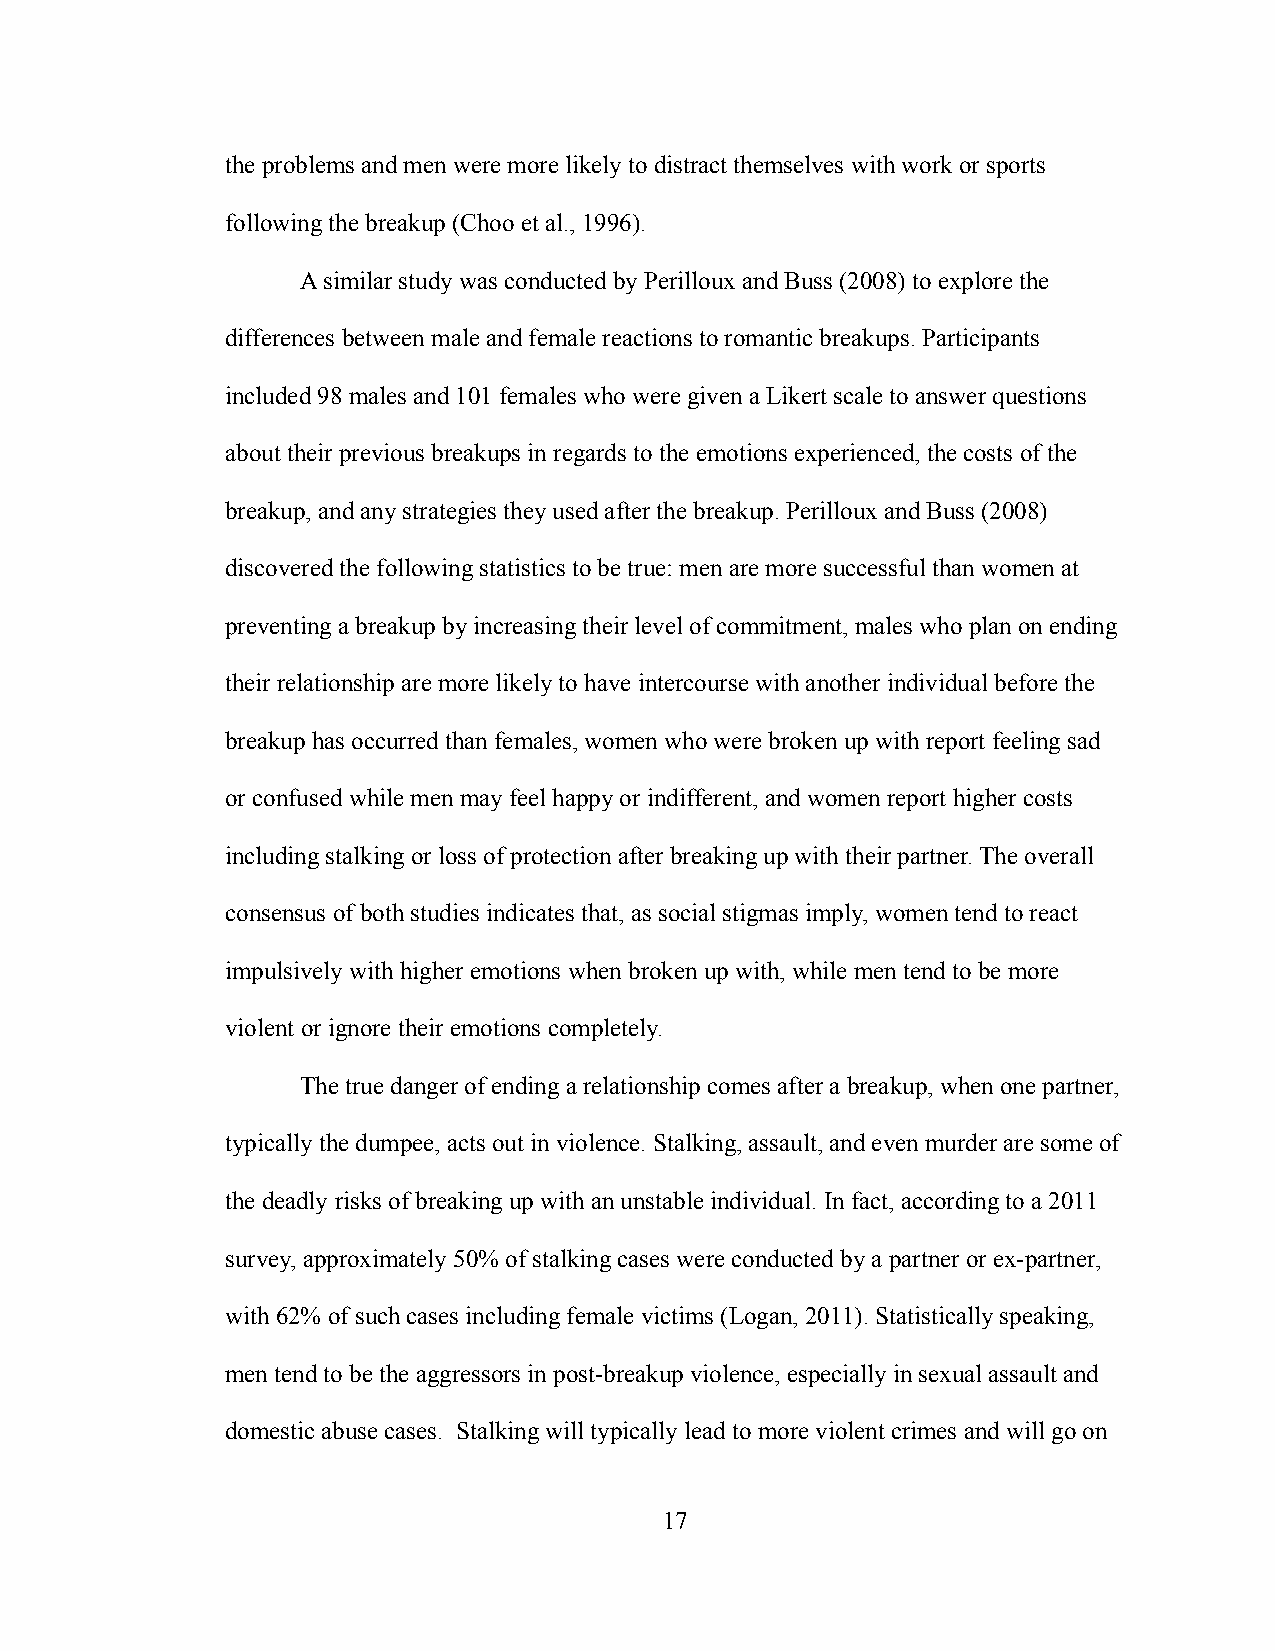
the problems and men were more likely to distract themselves with work or sports
 following the breakup (Choo et al., 1996).
 A similar study was conducted by Perilloux and Buss (2008) to explore the
 differences between male and female reactions to romantic breakups. Participants
 included 98 males and 101 females who were given a Likert scale to answer questions
 about their previous breakups in regards to the emotionsexperienced, the costs of the
 breakup, and any strategies they used after the breakup. Perilloux and Buss (2008)
 discovered the following statistics to be true: men are more successful than women at
 preventing a breakup by increasing their level of commitment, males who plan on ending
 their relationship are more likely to have intercourse with another individual before the
 breakup has occurred than females, women who were broken up with report feeling sad
 or confused while men may feel happy or indifferent, and women report higher costs
 including stalking or loss of protection after breaking up with their partner. The overall
 consensus of both studies indicates that, as social stigmas imply, women tend to react
 impulsively with higher emotions when broken up with, while men tend to be more
 violent or ignore their emotions completely.
 The true danger of ending a relationship comes after a breakup, when one partner,
 typically the dumpee, acts out in violence. Stalking, assault, and even murder are some of
 the deadly risks of breaking up with an unstable individual. In fact, according to a 2011
 survey, approximately 50% of stalking cases were conducted by a partner or ex-partner,
 with 62% of such cases including female victims (Logan, 2011). Statistically speaking,
 men tend to be the aggressors in post-breakup violence, especially in sexual assault and
 domestic abuse cases. Stalking will typically lead to more violent crimes and will go on
 17